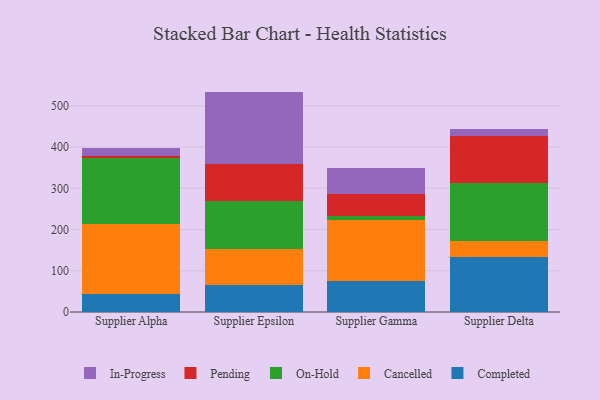
{"axis": {"x": "Supplier", "y": "Population (Million)"}, "legend": ["Cancelled", "Completed", "In-Progress", "On-Hold", "Pending"], "data": [{"x": "Supplier Alpha", "y": 43.5, "type": "Completed"}, {"x": "Supplier Alpha", "y": 170.0, "type": "Cancelled"}, {"x": "Supplier Alpha", "y": 159.6, "type": "On-Hold"}, {"x": "Supplier Alpha", "y": 5.4, "type": "Pending"}, {"x": "Supplier Alpha", "y": 18.7, "type": "In-Progress"}, {"x": "Supplier Epsilon", "y": 66.1, "type": "Completed"}, {"x": "Supplier Epsilon", "y": 85.8, "type": "Cancelled"}, {"x": "Supplier Epsilon", "y": 117.4, "type": "On-Hold"}, {"x": "Supplier Epsilon", "y": 89.1, "type": "Pending"}, {"x": "Supplier Epsilon", "y": 176.1, "type": "In-Progress"}, {"x": "Supplier Gamma", "y": 74.5, "type": "Completed"}, {"x": "Supplier Gamma", "y": 148.9, "type": "Cancelled"}, {"x": "Supplier Gamma", "y": 9.0, "type": "On-Hold"}, {"x": "Supplier Gamma", "y": 53.2, "type": "Pending"}, {"x": "Supplier Gamma", "y": 63.0, "type": "In-Progress"}, {"x": "Supplier Delta", "y": 134.0, "type": "Completed"}, {"x": "Supplier Delta", "y": 38.9, "type": "Cancelled"}, {"x": "Supplier Delta", "y": 140.8, "type": "On-Hold"}, {"x": "Supplier Delta", "y": 113.8, "type": "Pending"}, {"x": "Supplier Delta", "y": 16.9, "type": "In-Progress"}]}